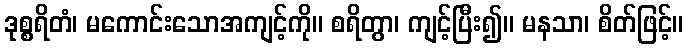
ဒုစ္စရိတံ၊ မကောင်းသောအကျင့်ကို။ စရိတွာ၊ ကျင့်ပြီး၍။ မနသာ၊ စိတ်ဖြင့်။